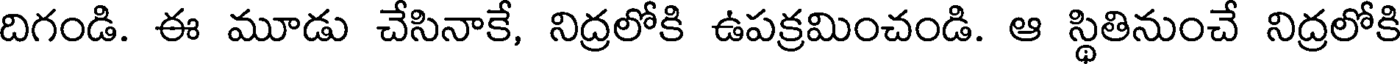
దిగండి. ఈ మూడు చేసినాకే, నిద్రలోకి ఉపక్రమించండి. ఆ స్థితినుంచే నిద్రలోకి